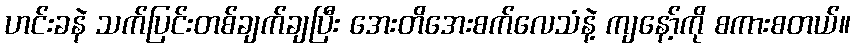
ဟင်းခနဲ သက်ပြင်းတစ်ချက်ချပြီး အေးတိအေးစက်လေသံနဲ့ ကျနော့်ကို စကားစတယ်။